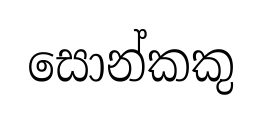
සොන්කකු